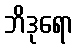
ဘိဒုရော